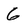
Character: 6